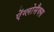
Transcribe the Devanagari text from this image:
ऐंग्लोसैक्स